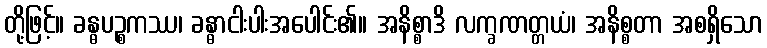
တို့ဖြင့်။ ခန္ဓပဉ္စကဿ၊ ခန္ဓာငါးပါးအပေါင်း၏။ အနိစ္စာဒိ လက္ခဏတ္တယံ၊ အနိစ္စတာ အစရှိသော